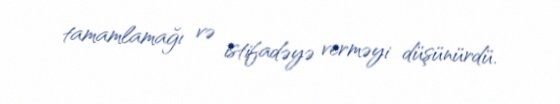
tamamlamağı və istifadəyə verməyi düşünürdü.